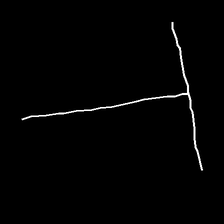
Glyph: column